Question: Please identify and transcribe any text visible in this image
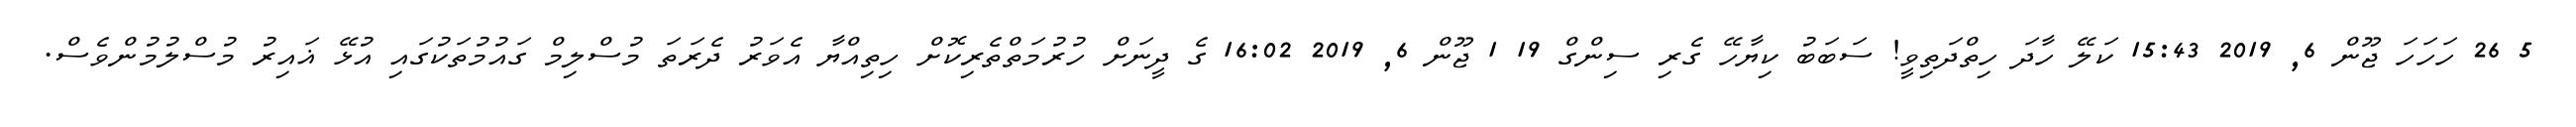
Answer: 5 26 ހަހަހަ ޖޫން 6, 2019 15:43 ކަލޭ ހާދަ ހިތްދަތިވީ! ސަބަބު ކިޔާހޭ ގެރި ސިންގް 19 1 ޖޫން 6, 2019 16:02 ގެ ދީނަށް ހުރުމަތްތެރިކޮށް ހިތިއްޔާ އެވަރު ދެރަތަ މުސްލިމް ގައުމުތަކުގައި އުޅޭ ޣައިރު މުސްލުމުންވެސް.